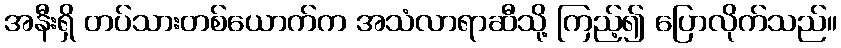
အနီးရှိ တပ်သားတစ်ယောက်က အသံလာရာဆီသို့ ကြည့်၍ ပြောလိုက်သည်။